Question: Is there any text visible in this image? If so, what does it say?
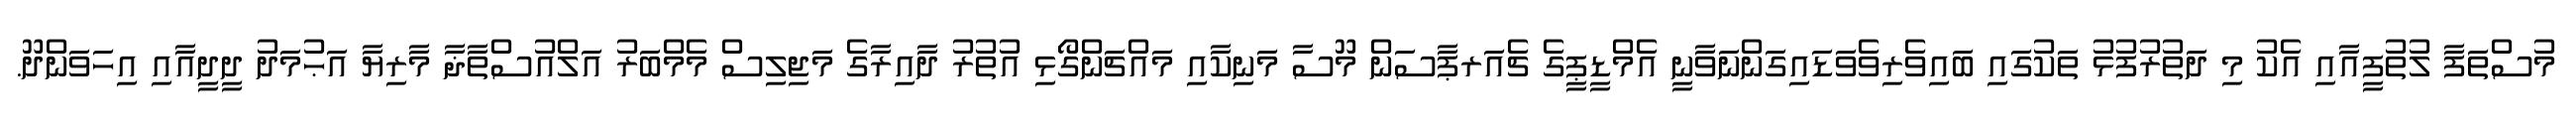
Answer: މުސްތަފާ ލުތުފީއާއި އެކު މި ދަތުރުފުޅު ތަކުގައި ބައިވެރިވެވަޑައިގަންނަވާނީ އެމްޑީޕީގެ ޗެއަރޕާސަން މޫސާ މަނިކާއި މައްޗަންގޯޅި އުތުރު ދާއިރާގެ މަޖިލިސް މެމްބަރު އަލްއުސްތާޛާ މާރިޔާ އަޙުމަދު ދީދީއާއި އިހަވަންދޫ.